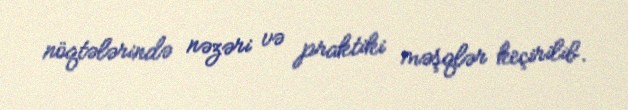
nöqtələrində nəzəri və praktiki məşqlər keçirilib.